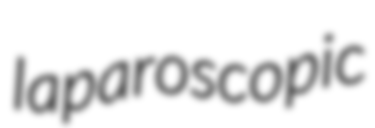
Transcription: laparoscopic